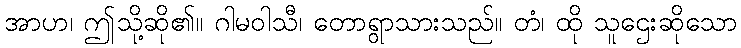
အာဟ၊ ဤသို့ဆို၏။ ဂါမဝါသီ၊ တောရွာသားသည်။ တံ၊ ထို သူဌေးဆိုသော